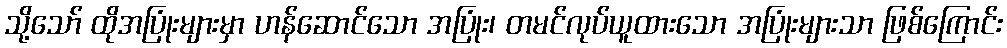
သို့သော် ထိုအပြုံးများမှာ ဟန်ဆောင်သော အပြုံး၊ တမင်လုပ်ယူထားသော အပြုံးများသာ ဖြစ်ကြောင်း